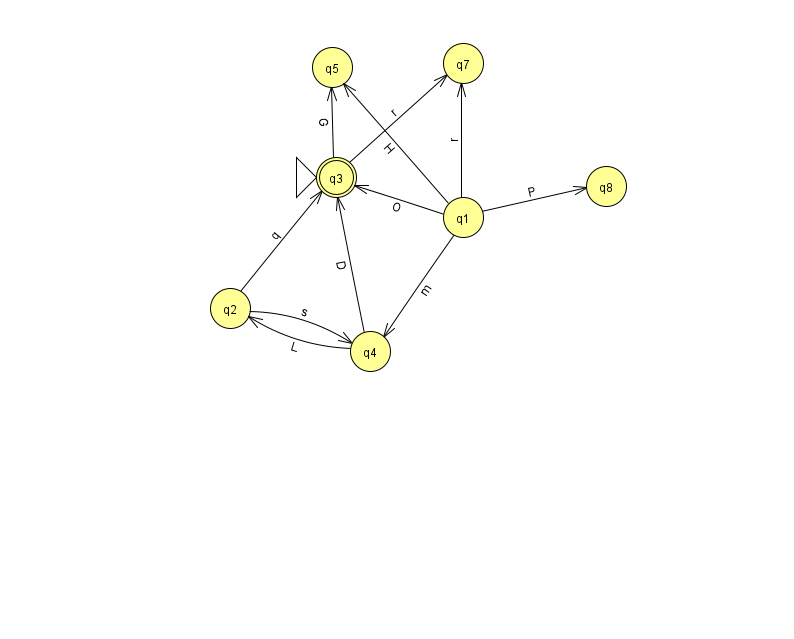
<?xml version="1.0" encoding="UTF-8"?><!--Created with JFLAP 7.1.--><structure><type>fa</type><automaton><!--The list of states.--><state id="1" name="q1"><x>463.0</x><y>204.0</y></state><state id="2" name="q2"><x>230.0</x><y>295.0</y></state><state id="3" name="q3"><x>336.0</x><y>164.0</y><initial/><final/></state><state id="4" name="q4"><x>370.0</x><y>338.0</y></state><state id="5" name="q5"><x>332.0</x><y>54.0</y></state><state id="7" name="q7"><x>463.0</x><y>50.0</y></state><state id="8" name="q8"><x>606.0</x><y>173.0</y></state><!--The list of transitions.--><transition><from>1</from><to>5</to><read>H</read></transition><transition><from>2</from><to>4</to><read>s</read></transition><transition><from>3</from><to>7</to><read>r</read></transition><transition><from>3</from><to>5</to><read>G</read></transition><transition><from>1</from><to>3</to><read>O</read></transition><transition><from>1</from><to>4</to><read>m</read></transition><transition><from>1</from><to>8</to><read>P</read></transition><transition><from>4</from><to>3</to><read>D</read></transition><transition><from>2</from><to>3</to><read>q</read></transition><transition><from>4</from><to>2</to><read>L</read></transition><transition><from>1</from><to>7</to><read>r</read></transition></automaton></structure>